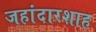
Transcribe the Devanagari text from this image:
जहांदारशाह